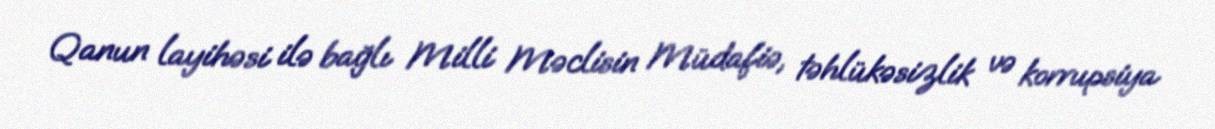
Qanun layihəsi ilə bağlı Milli Məclisin Müdafiə, təhlükəsizlik və korrupsiya